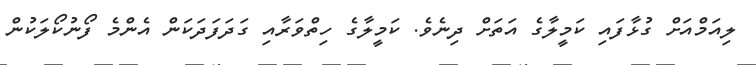
ލިއަމްއަށް ގުޅާފައި ކަމީލާގެ އަތަށް ދިނެވެ. ކަމީލާގެ ހިތްވަރާއި ގަދަފަދަކަން އެންމެ ފޯނުކޯލަކުން